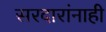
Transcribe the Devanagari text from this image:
सरदारांनाही